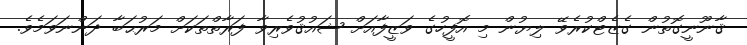
ޤާނޫނީގޮތުން ގެޒެޓްކުރެވޭ ލިޔުން މި އޮފީހުގެ ވަޒީފާއަށް ޝައުޤުވެރިވާ ފަރާތްތަކަށް މަރުޙަބާ ދަންނަވަމެވެ.